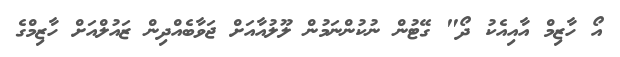
އޯ ހާޒިމް އާއިއެކު ދޯ" ގޭޓުން ނުކުންނަމުން ލޫލުއާއަށް ޖަވާބެއްދިން ޒައުލްއަށް ހާޒިމްގެ